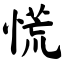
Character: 慌